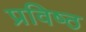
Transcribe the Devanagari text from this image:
प्रविष्‍ठ